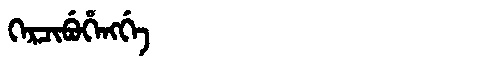
Manchu: ᡴᡝᡵᠴᡳᠪᡠᡥᡝᠩᡤᡝ
Romanization: KERCIBUHENGGE